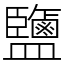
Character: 鹽